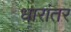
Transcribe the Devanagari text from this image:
धारांतर